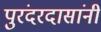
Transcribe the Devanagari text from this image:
पुरंदरदासांनी